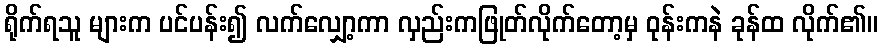
ရိုက်ရသူ များက ပင်ပန်း၍ လက်လျှော့ကာ လှည်းကဖြုတ်လိုက်တော့မှ ဝုန်းကနဲ ခုန်ထ လိုက်၏။